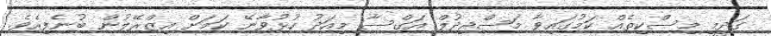
ގަދީމީ މިސްކިތެއް ކަމުގައިވާ މަސްޖިދުލް އަގްސާ މިއަދު ހުޅުވާނޭ ކަމަށް އިޒްރޭލުން ބުނެފިއެވެ.